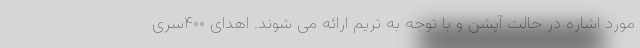
مورد اشاره در حالت آپشن و با توجه به تریم ارائه می شوند. اهدای ۴۰۰سری